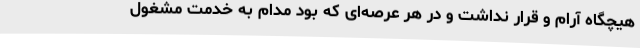
هیچگاه آرام و قرار نداشت و در هر عرصه‌ای که بود مدام به خدمت مشغول